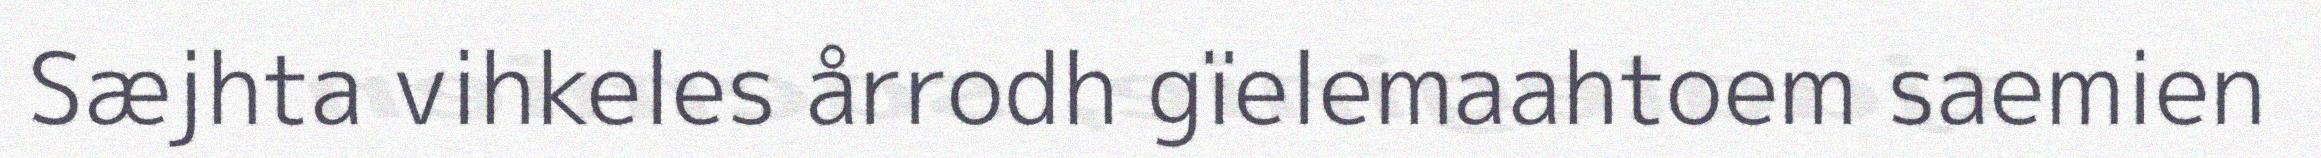
Sæjhta vihkeles årrodh gïelemaahtoem saemien